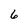
Character: 6